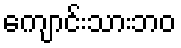
ကျောင်းသားဘဝ